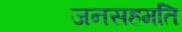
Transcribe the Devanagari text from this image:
जनसहमति